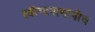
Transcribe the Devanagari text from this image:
रवीन्द्रनाथांनीच